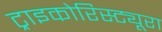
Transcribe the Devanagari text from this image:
ट्राइकोरिस्ट्यूरा